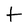
Character: t